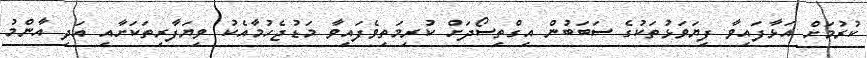
ކުރުމަށް އަޅާފައިވާ ފިޔަވަޅުތަކުގެ ސަބަބުން އިގްތިސޯދަށް ކުރިމަތިވެފައިވާ މަޑުޖެހުމާއެކު ވިޔަފާރިތަކަށާއި އަދި އާންމު